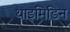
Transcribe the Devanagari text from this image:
थाइमिडिन